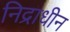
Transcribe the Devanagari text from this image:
निद्राधीन